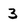
Character: 3